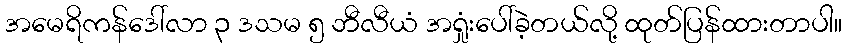
အမေရိကန်ဒေါ်လာ ၃ ဒသမ ၅ ဘီလီယံ အရှုံးပေါ်ခဲ့တယ်လို့ ထုတ်ပြန်ထားတာပါ။